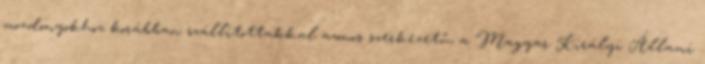
mozdonyokhoz korábban szállítottakkal azonos szerkezetű, a Magyar Királyi Állami